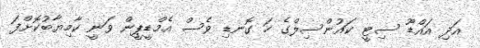
އަދި އައްޑޫ ސިޓީ ކައުންސިލްގެ ހަ ގޮނޑި ވެސް އެމްޑީޕީން ވަނީ ކާމިޔާބުކޮށްފަ